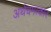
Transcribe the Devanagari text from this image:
अर्थचमत्कार